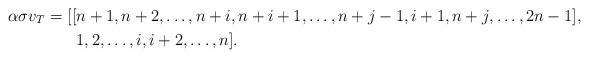
LaTeX: \begin{align*} \alpha \sigma v_T = [ [&{n+1}, n+2, \ldots , {n+i}, {n+i+1}, \ldots, {n+j-1}, {i+1}, {n+j}, \ldots , {2n-1}], \\ &1, 2, \ldots , i, {i+2}, \ldots , n ].\end{align*}